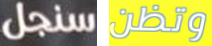
سنجل وتظن